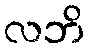
လဘိ